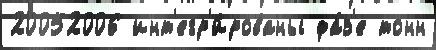
20052006 инт'егр'и́рованы фа́з'е тонн